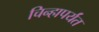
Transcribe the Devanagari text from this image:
चिन्हापर्यंत